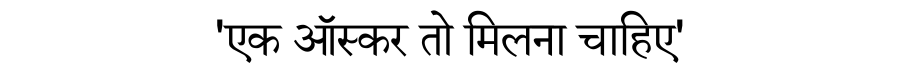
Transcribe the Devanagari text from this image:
'एक ऑस्कर तो मिलना चाहिए'